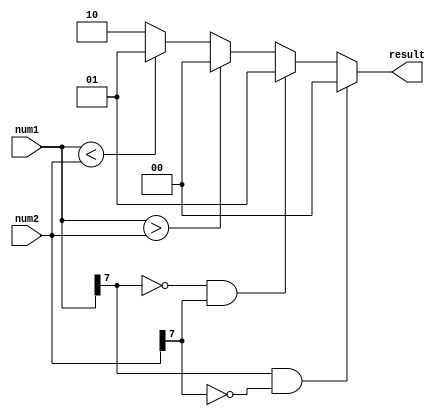
module Signed_Magnitude_Comparator(
    input signed [7:0] num1,
    input signed [7:0] num2,
    output reg [1:0] result
);

always @(*) begin
    if (num1[7] == 1 && num2[7] == 0) begin
        result = 2'b00; // num1 is greater
    end else if (num1[7] == 0 && num2[7] == 1) begin
        result = 2'b01; // num2 is greater
    end else if (num1 > num2) begin
        result = 2'b00; // num1 is greater
    end else if (num1 < num2) begin
        result = 2'b01; // num2 is greater
    end else begin
        result = 2'b10; // numbers are equal
    end
end

endmodule